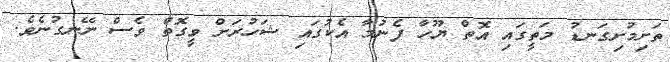
ތަށިމުށިގަނޑު މަތީގައި އޮތް ޔޫހާ ފެނުމާ އެކުގައި ޝަހުރަށް ވީގޮތް ވެސް ނޭނގުނެވެ.